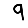
Digit: 9